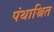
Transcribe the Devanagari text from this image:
पंथाश्रित